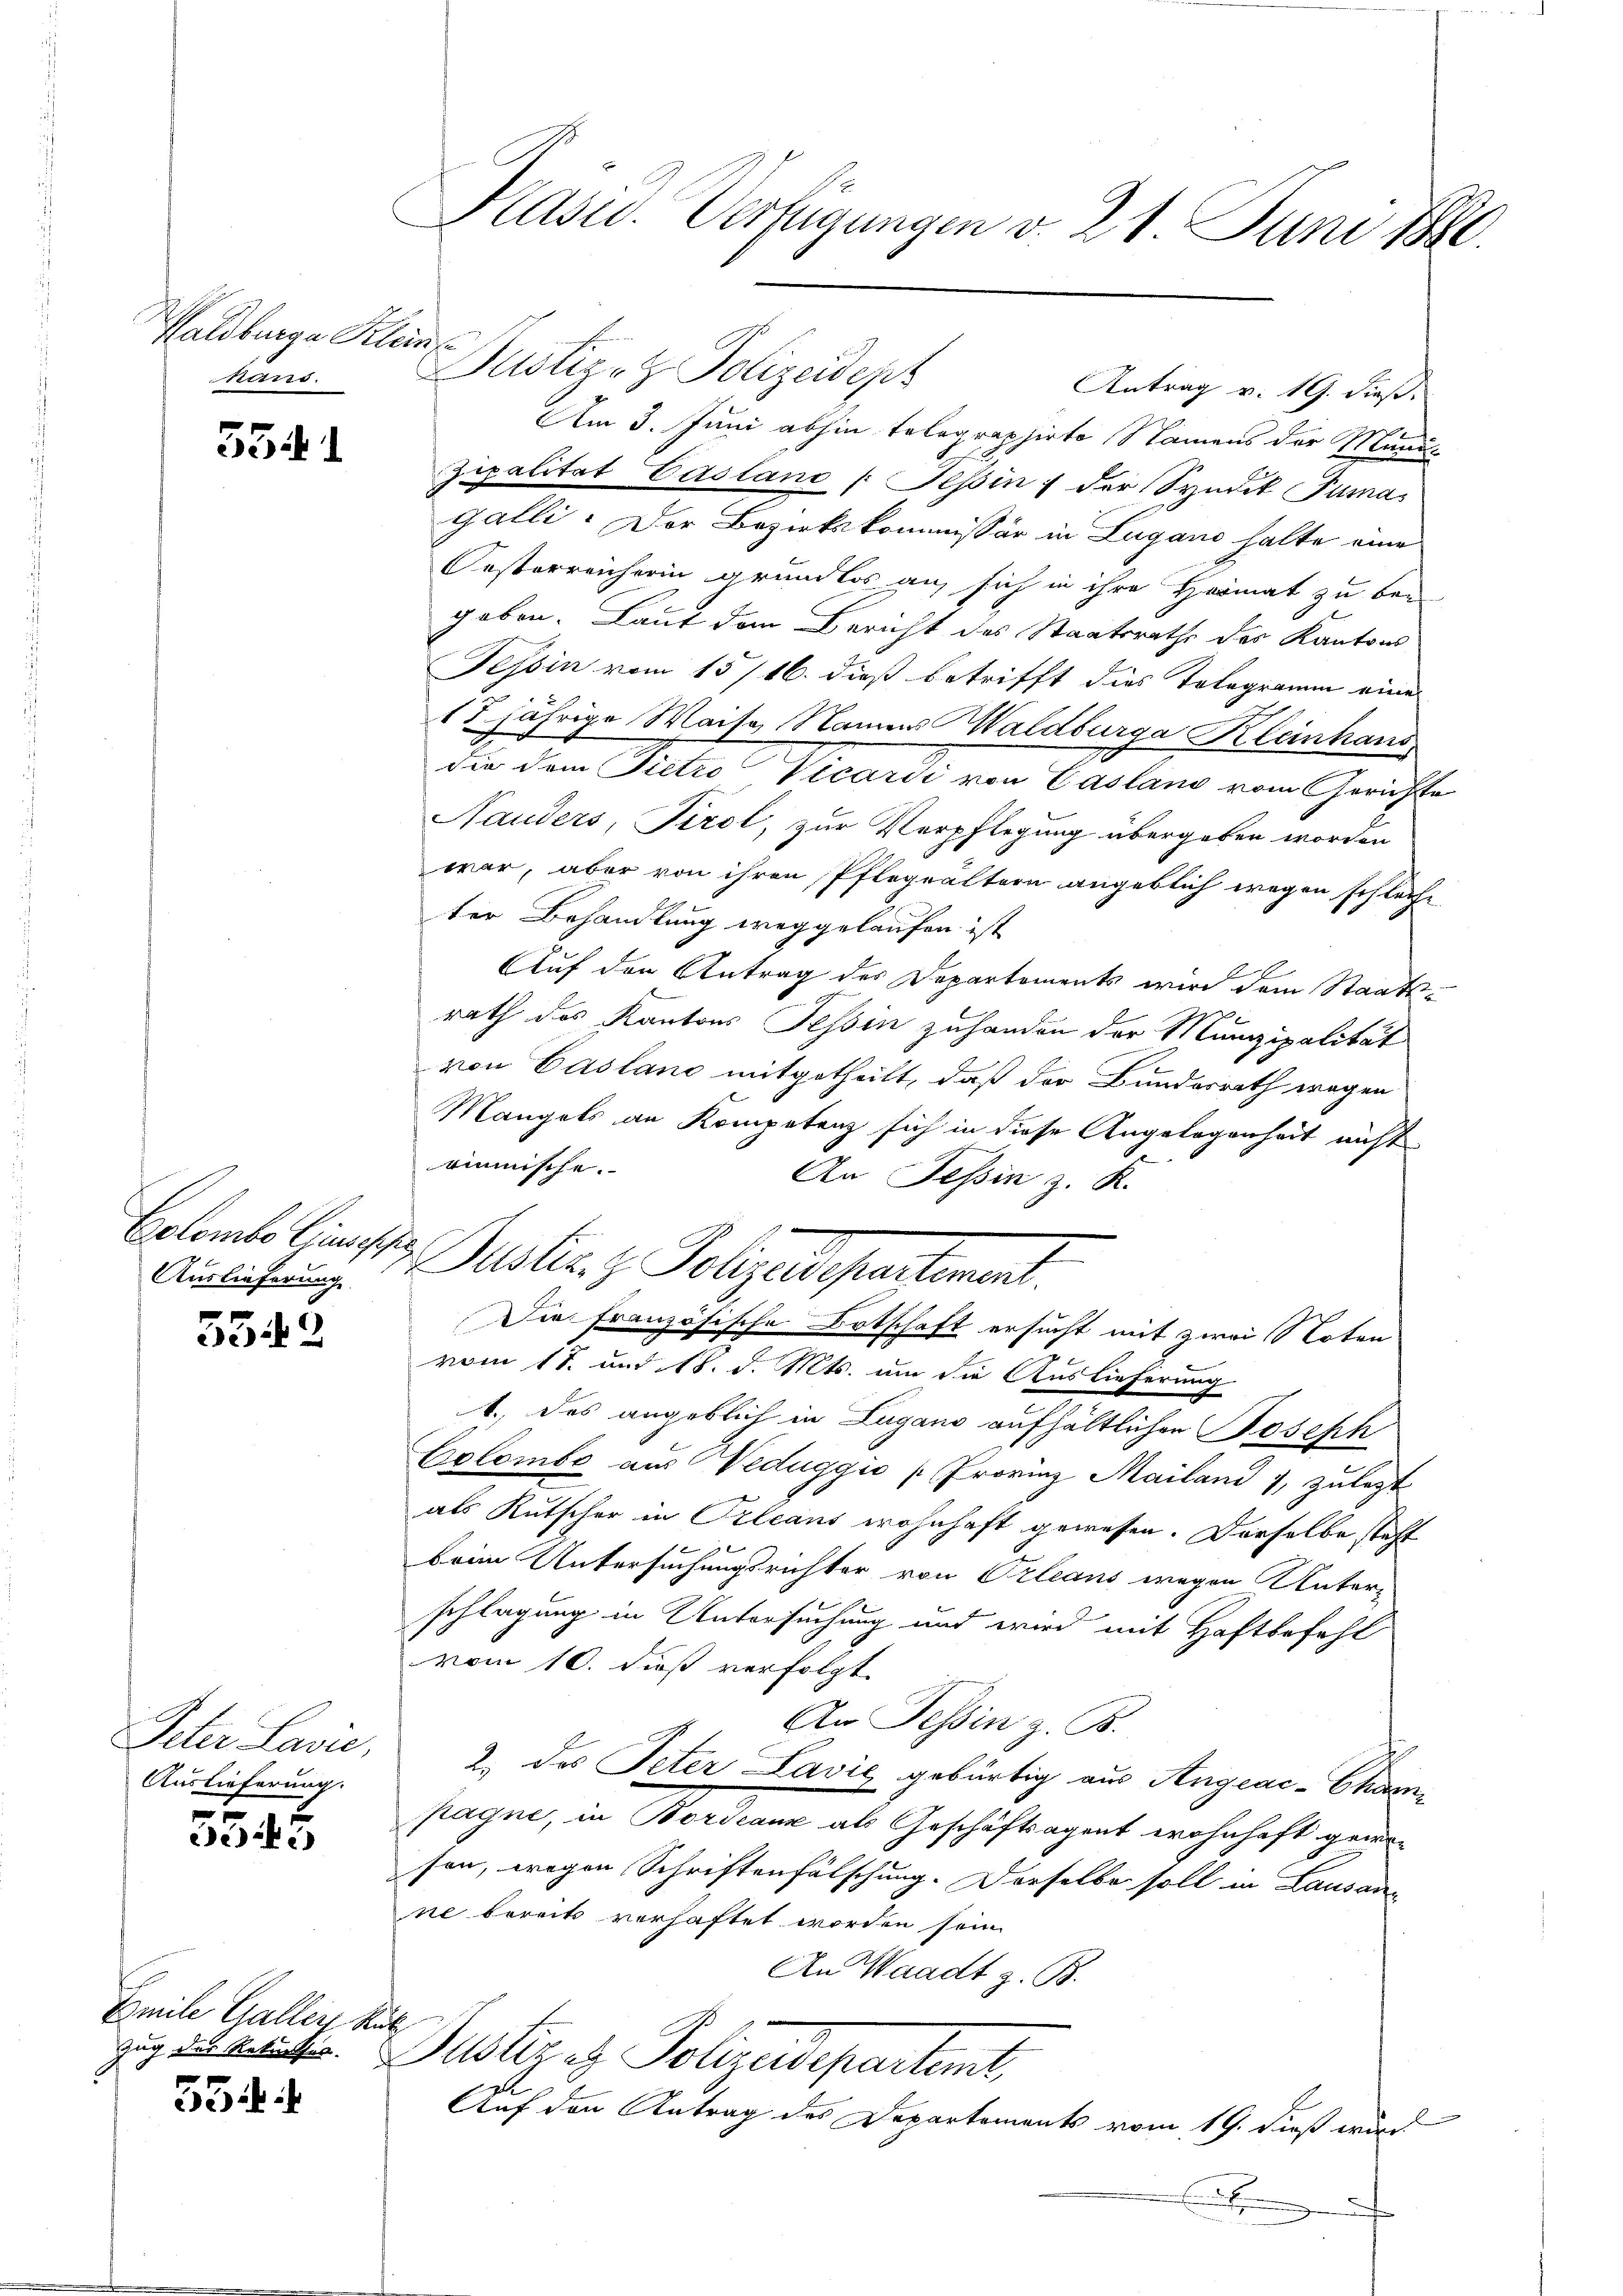
Waldburger Klein
kans.

534. 1

Golombe Cincessi
Auslieferung

5542

Peter Lavić,
Auslieferung.

534.

Emile Galler S.

53

Kasw. Verfügungen v. 21. Juni 1880.

Justiz- & Polizeidep
Antrag v. 19. dieß:
Am 3. Juni abhin telegraphirte Namens der Munit
Zipalität Casland Tessin; der Syndik Tuma
Galli. Der Bezirkskommissär in Lugano halte eine
Oesterreicherin grundlos an sich in ihre Heimat zu be-
geben. Laut den Bericht des Staatsrathe des Kantons
Tessin vom 15/16. dieß betrifft dies Telegramm eines
15 jährige Waise Namens Waldburga Kleinhaus
die dem Sictio Vicardi von Casland vom Gerichte
Nauders, Tirol, zur Verpflegung übergeben worden
war, aber von ihren Pflegealtern angeblich wegen schlech-
ter Behandlung weggelaufen ist
Auf den Antrag des Departements wird dem Staatsrath des Kantons Tessin zuhanden der Munizipalität
von Casland mitgetheilt, daß der Bundesrath wegen
Mangels an Kompetenz sich in diese Angelegenheit nicht
rinmische.
An Tessin z. K.
 Puster z. Polizeispartement.
Die französische Ortschaft ersucht mit zwei Noten
vom 18. und 18. d. Mts. um die Auslieferung
1. des angeblich in Lugano aufhältlichen Joseph
Colombe aus Veduggio Provinz Mailand 7, zulezt
als Rutscher in Orleans wohnhaft gewesen. Derselbe steht
beim Untersuchungsrichter von Orleans wegen Unter-
schlagung in Untersuchung und wird mit Haftbefehl
vom 10. dieß verfolgt.
An Tessin z. B.
2. des Peter Lavić gebürtig aus Angeac-Charpagni, in Berdann als Geschäftsagent wohnhaft genosson, wegen Schriftenfälschung. Derselbe soll in Lausann
ne bereits verhaftet worden sein.
An Waadt z. B.
u
zug in der Justiz in Polizeidepartemt,
Auf den Antrag des Departements vom 19. dieß wird